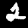
Digit: 2